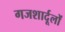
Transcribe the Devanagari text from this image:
गजशार्दूलों